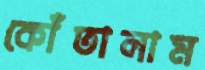
কোঁতালাম